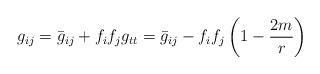
LaTeX: \begin{align*}g_{ij} = \bar{g}_{ij} + f_i f_j g_{tt}= \bar{g}_{ij} - f_i f_j \left( 1 - \frac{2m}{r} \right)\end{align*}